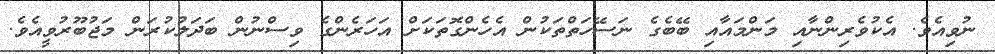
ނުވިއެވެ. އެކުވެރިންނާއި މަންމައާއި ބޭބެގެ ނަސޭހަތްތަކުން އެހެންގޮތަކަށް އަހަރެންގެ ވިސްނުން ބަދަލުކުރަން މަޖުބޫރުވީއެވެ.